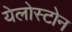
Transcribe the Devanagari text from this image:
येलोस्टोन